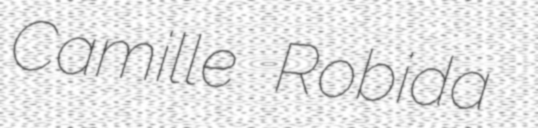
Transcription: Camille Robida